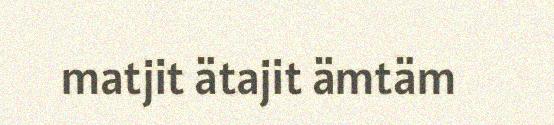
matjit ätajit ämtäm